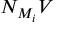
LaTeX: N _ { M _ { i } } V